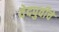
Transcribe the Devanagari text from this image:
वेदपुर्वीचे